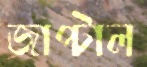
জাপ্‌টাল